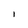
Character: l